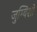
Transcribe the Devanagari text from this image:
जुम्बिशों